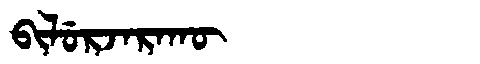
Manchu: ᠪᡳᠯᡠᡵᠵᠠᡵᠠᡴᡡ
Romanization: BILURJARAKŪ